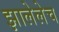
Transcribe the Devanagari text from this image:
झालेलेच